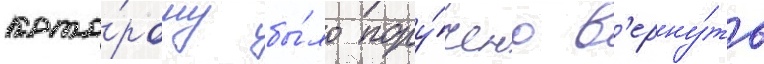
кото́рому бы́ло пору́чено в'ерну́ть